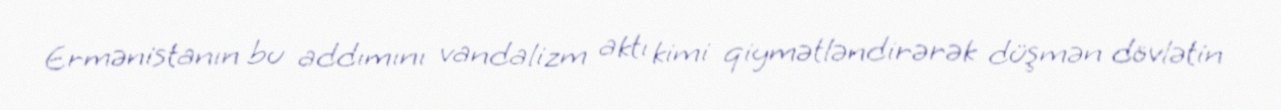
Ermənistanın bu addımını vandalizm aktı kimi qiymətləndirərək düşmən dövlətin